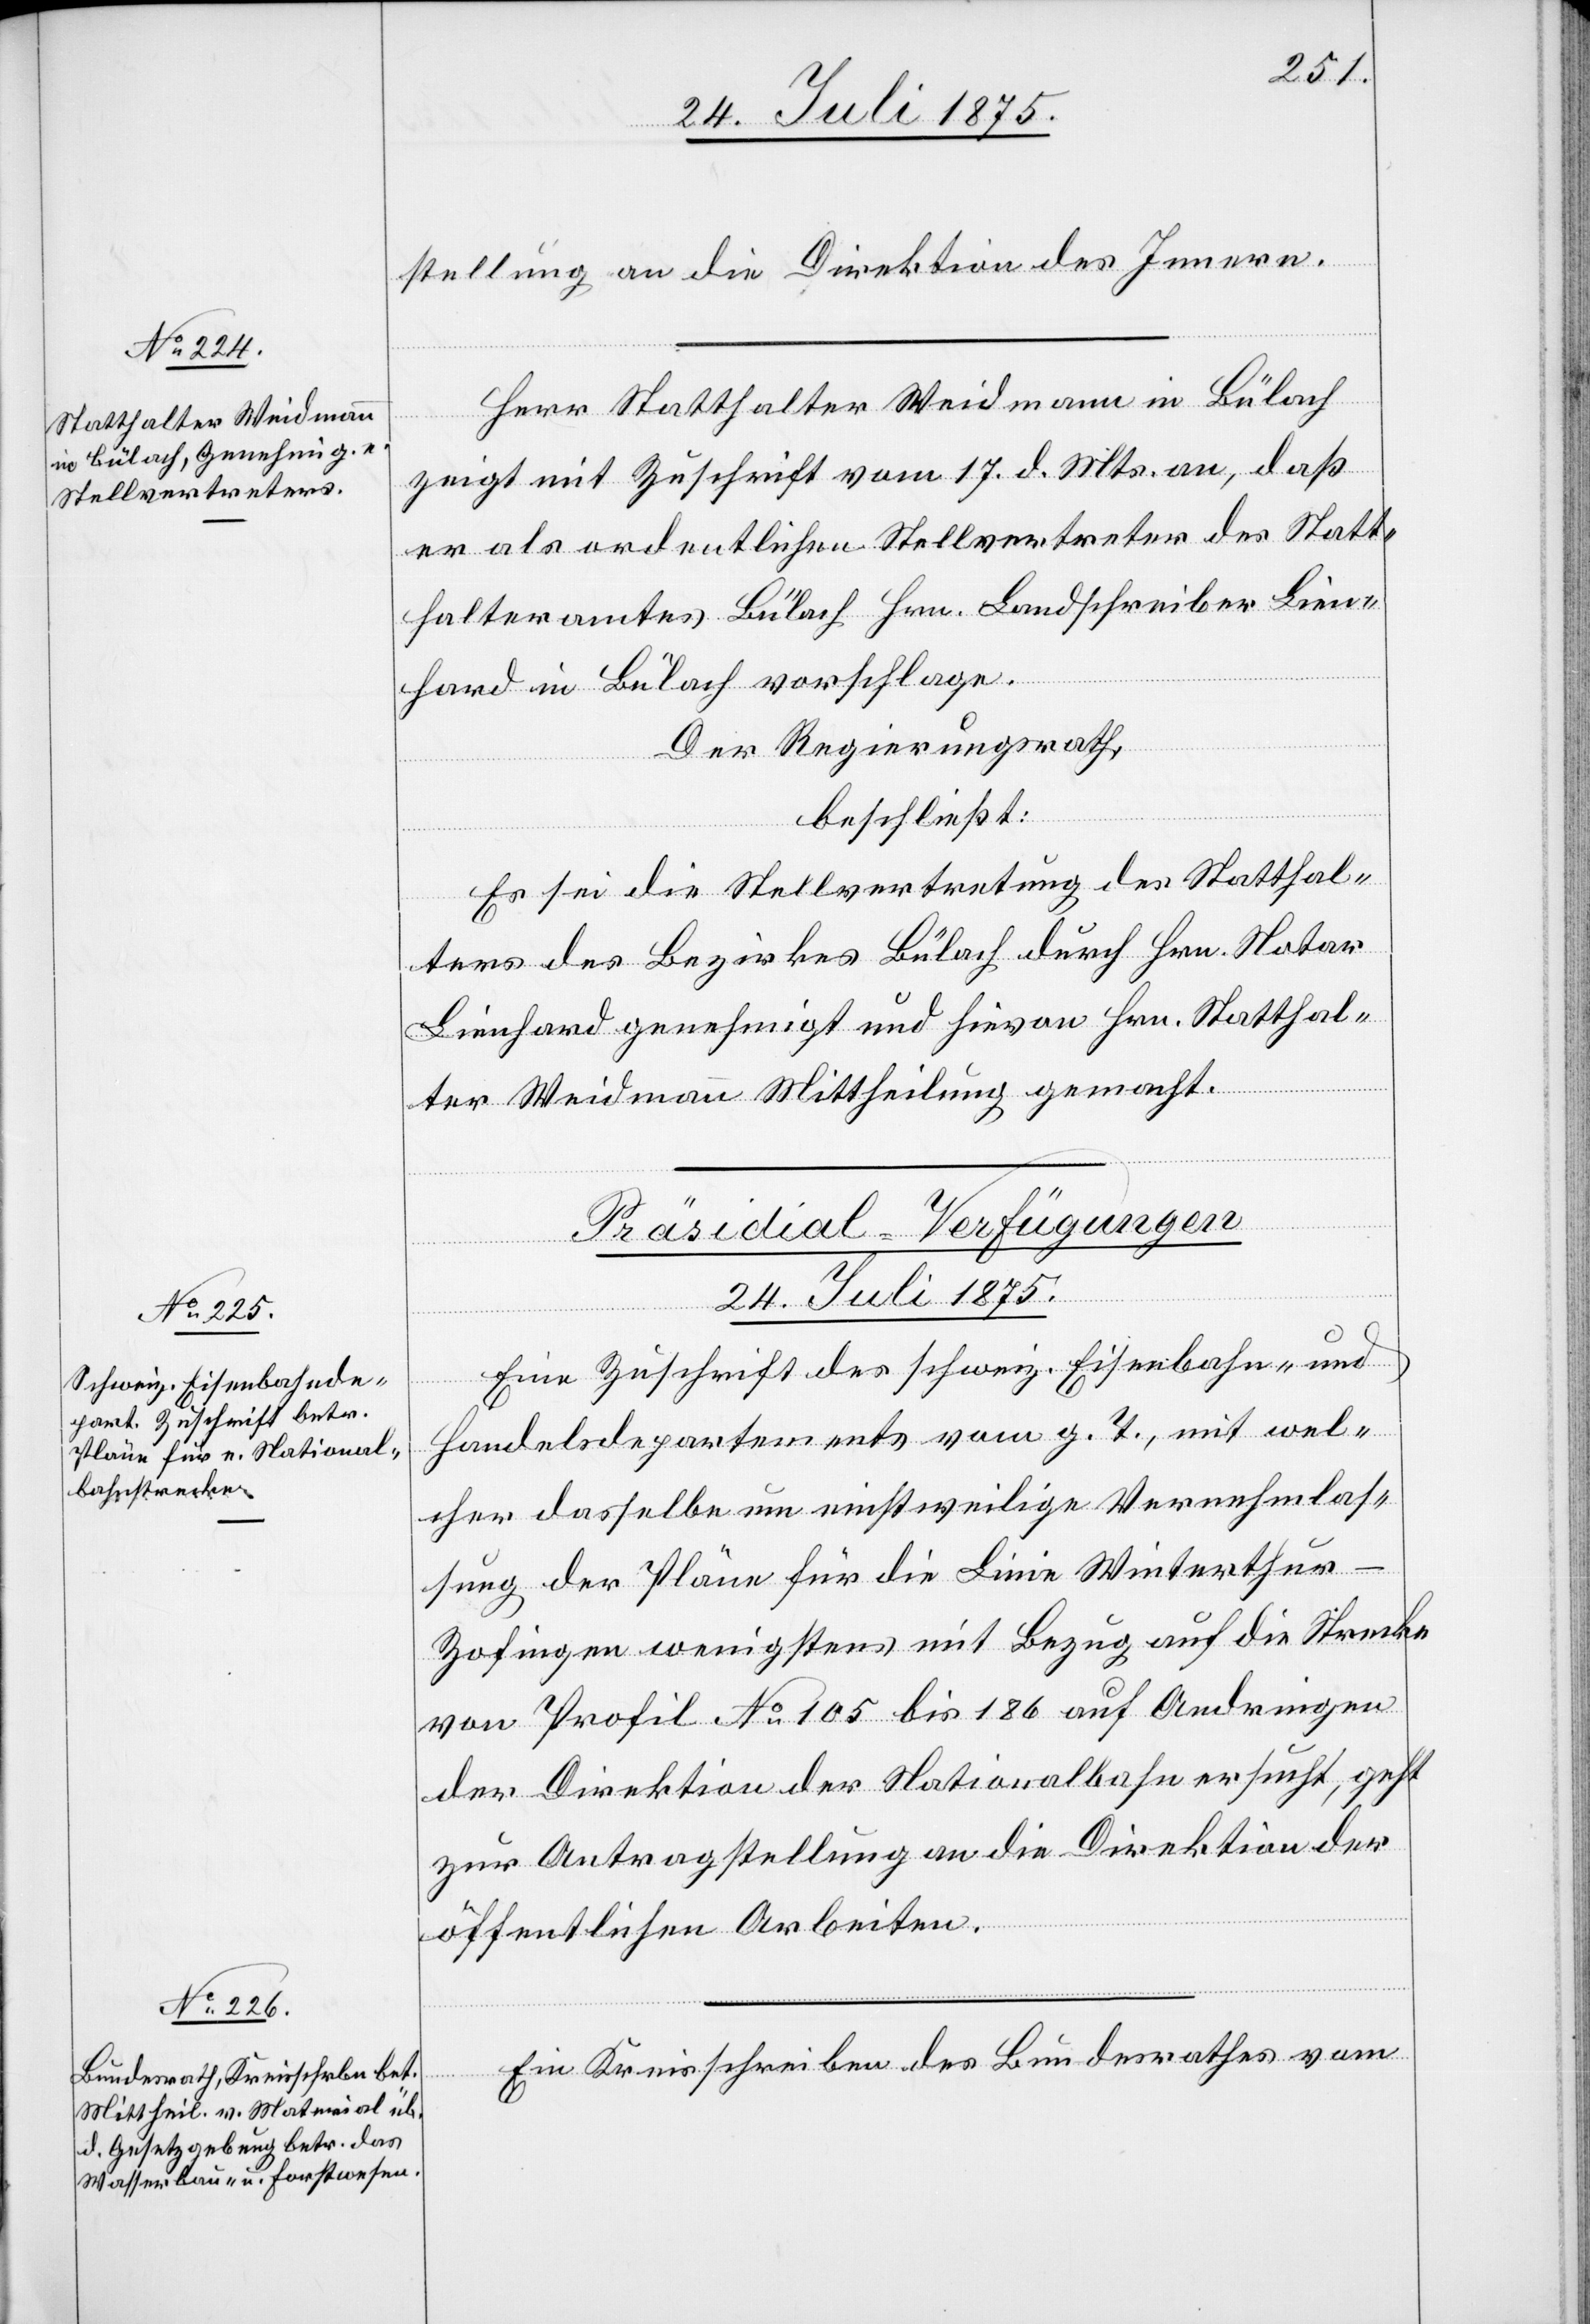
stellung an die Direktion des Innern.
Herr Statthalter Weidmann in Bülach
zeigt mit Zuschrift vom 17. d. Mts. an, daß
er als ordentlichen Stellvertreter des Statt¬
halteramtes Bülach Hrn. Landschreiber Lien¬
hard in Bülach vorschlage.
Der Regierungsrath,
beschließt:
Es sei die Stellvertretung des Statthal¬
ters des Bezirkes Bülach durch Hrn. Notar
Lienhard genehmigt und hievon Hrn. Statthal¬
ter Weidmann Mittheilung gemacht.
[Präsidial-Verfügungen.
24. Juli 1875.]
Eine Zuschrift des schweiz. Eisenbahn- und
Handelsdepartement vom g. T., mit wel¬
cher dasselbe um einstweilige Vernehmlas¬
sung der Pläne für die Linie Winterthu¬
r–Zofingen wenigstens mit Bezug auf die Strecke
von Profil No105 bis 186 auf Andringen
der Direktion der Nationalbahn ersucht, geht
zur Antragstellung an die Direktion der
öffentlichen Arbeiten.
Ein Kreisschreiben des Bundesrathes vom